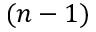
( n - 1 )